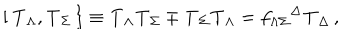
LaTeX: { } [ \, { \bf T } _ { \Lambda } , { \bf T } _ { \Sigma } \, \} \equiv { \bf T } _ { \Lambda } { \bf T } _ { \Sigma } \mp { \bf T } _ { \Sigma } { \bf T } _ { \Lambda } = f _ { \Lambda \Sigma } { } ^ { \Delta } { \bf T } _ { \Delta } \, ,